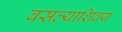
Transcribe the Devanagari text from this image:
बसल्याशिवय